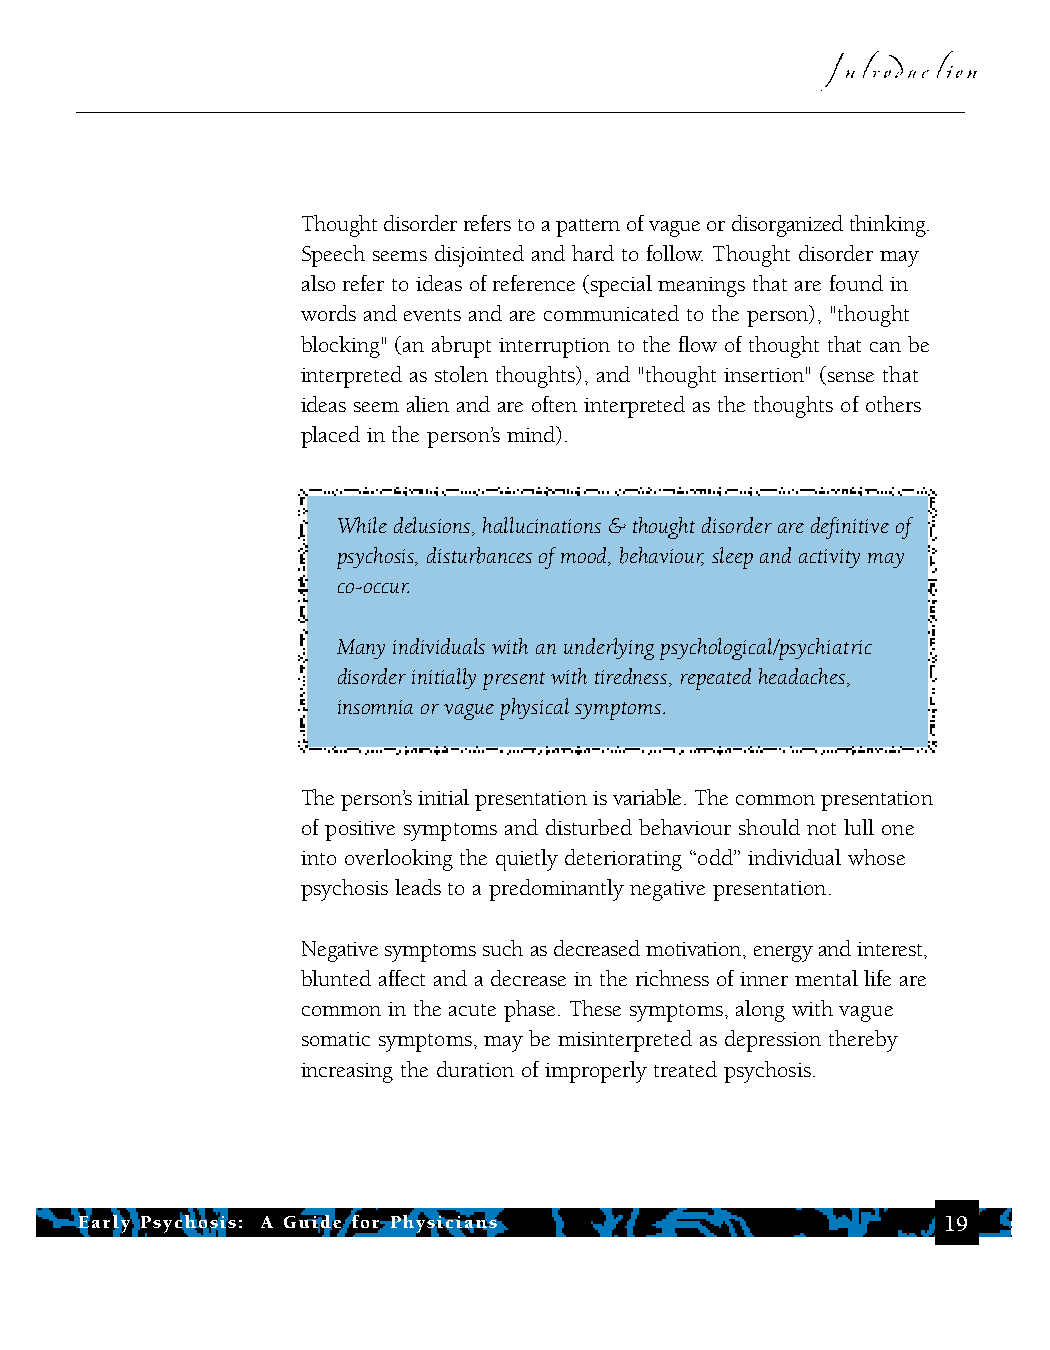
Introduction
 Thought disorder refers to a pattern of vague or disorganized thinking.
 Speech seems disjointed and hard to follow. Thought disorder may
 also refer to ideas of reference (special meanings that are found in
 words and events and are communicated to the person), "thought
 blocking" (an abrupt interruption to the flow of thought that can be
 interpreted as stolen thoughts), and "thought insertion" (sense that
 ideas seem alien and are often interpreted as the thoughts of others
 placed in the person’s mind).
 While delusions, hallucinations & thought disorder are definitive of
 psychosis, disturbances of mood, behaviour, sleep and activity may
 co-occur.
 Many individuals with an underlying psychological/psychiatric
 disorder initially present with tiredness, repeated headaches,
 insomnia or vague physical symptoms.
 The person’s initial presentation is variable. The common presentation
 of positive symptoms and disturbed behaviour should not lull one
 into overlooking the quietly deteriorating “odd” individual whose
 psychosis leads to a predominantly negative presentation.
 Negative symptoms such as decreased motivation, energy and interest,
 blunted affect and a decrease in the richness of inner mental life are
 common in the acute phase. These symptoms, along with vague
 somatic symptoms, may be misinterpreted as depression thereby
 increasing the duration of improperly treated psychosis.
 Early Psychosis: A Guide for Physicians                   19